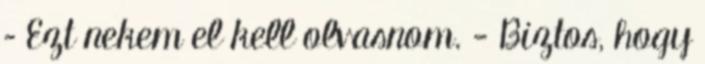
– Ezt nekem el kell olvasnom. - Biztos, hogy